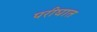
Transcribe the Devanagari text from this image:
परीघात